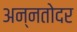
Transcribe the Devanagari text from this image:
अन्नतोदर